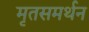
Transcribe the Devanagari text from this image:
मृतसमर्थन